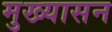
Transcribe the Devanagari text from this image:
मुख्यासन